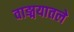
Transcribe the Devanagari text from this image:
वाङ्मयातले